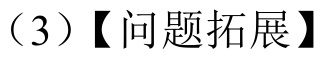
（3）【问题拓展】